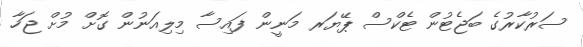
ސަރުކާރުގެ ބަޖެޓުން ޓެކްސް ޕޭޔަރ މަނީން ފައިސާ މިލިއަނުން ގޮށް މުށް ޖަހާ